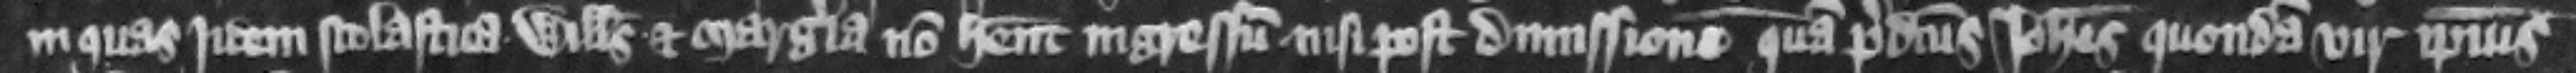
in quas jdem Scolastica Willelmus et Margeria non habent ingressum nisi post dimissionem quam predictus Iohannes quondam vir ipsius